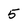
Character: 5